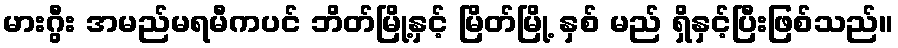
မားဂွီး အမည်မရမီကပင် ဘိတ်မြို့နှင့် မြိတ်မြို့ နှစ် မည် ရှိနှင့်ပြီးဖြစ်သည်။